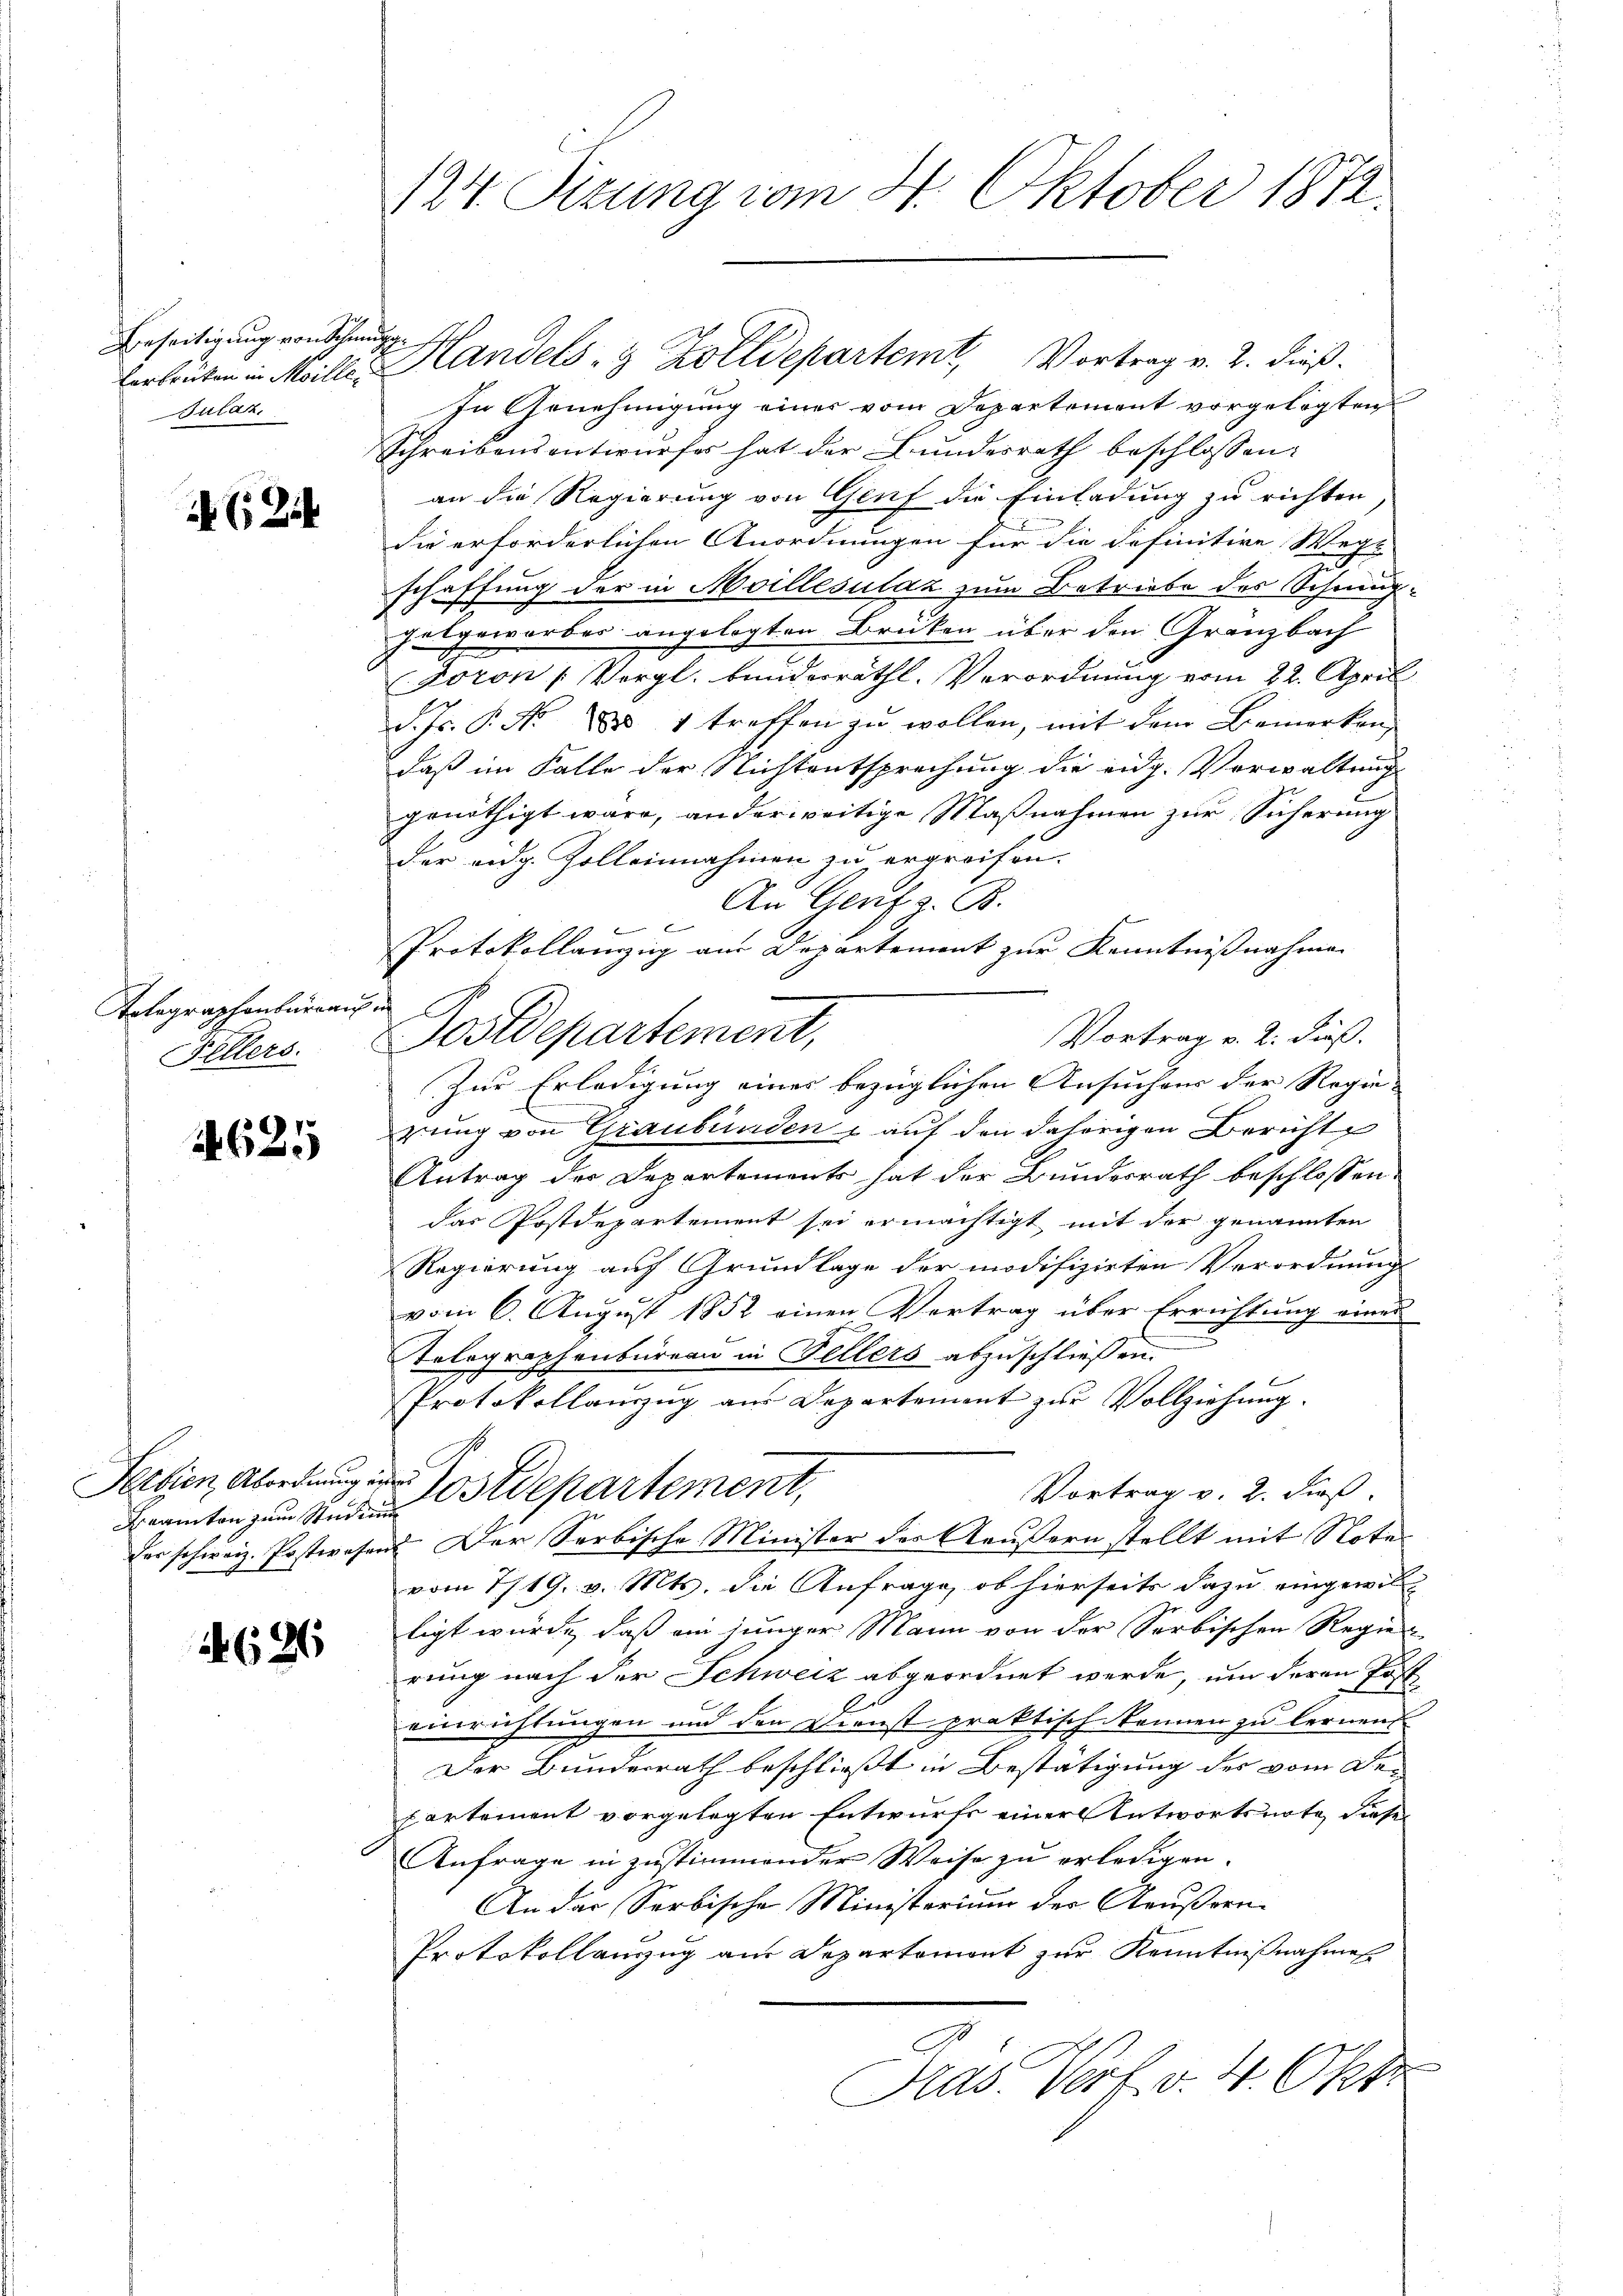
Beseitigung von Schmugg
Jular.

6 Zif

Totegraphenbüreau in
Fellers.

9
162.

Beamten zum Studium

1696

124 Sizung vom 4. Oktober 1872.

In Genehmigung eines vom Departement vorgelegten
Schreibensentwurfes hat der Bundesrath beschlossen:
an die Regierung von Genf die Einladung zu richten,
die erforderlichen Anordnungen für die definitive Wegt
schaffung der in Moillesulaz zum Betriebe des Schmug¬
Jetgewarbes angelegten Brüken über den Granzbach
Foron (Vergl. beiderräthl. Verordnung vom 22. April
d. Js. P. No 888 1 treffen zu wollen, mit dem Bemerken
daß im Falle der Nichtentsprechung die eidg. Vorwaltung
genöthigt wäre, an der weitige Maßnahmen zur Sicherung
der eidg. Zolleinnahmen zu ergreifen.
An Genf z. B.
Protokollanzig am Departement zur Kenntnißnahmen
Postdepartement,
Vortrag v. 2. Fuß.
Zur Erledigung eines bezüglichen Ansuchens der Regie-
rung von Graubünden & auf den daherigen Berichte
Antrag der Departements hat der Bundesrath beschlossen:
das Postdepartement sei ermächtigt mit der genannten
Regierung auf Grundlage der modifizirten Verordnung
vom 6. August 1852 einen Vertrag über Errichtung eines
e
Stelegraphenbüreau in Fellers abzuschliessen.
Protokollanzug aus Departement zur Vollziehung.
Fertien, Abordnung in Postdepartement,
Vortrag v. 2. dieß
her schweiz. Postwesens. Der Serbische Minister des Aeußern stellt mit Noter
vom 7/19. v. Mts. die Anfrage, ob hierseits dazu eingewill-
ligt würde, daß ein junger Mann von der Serbischen Regier
rung nach der Schweiz abgeordnet werde, um deren Fast
einrichtungen und den Dienst praktisch kennen zu lernend
Der Bunderrath beschließt in Bestätigung des vom Departement vorgelegten Entwurfs einer Antwortsnote, diese
Anfrage in zustimmender Weise zu erledigen.
An das Serbische Ministerium der Aeußern
Protokollanzug am Departemont zur Kenntnißnahmen
Präs. Verf. v. 4. Okto

berlauben in Meille Handels- & Zolldepartem Vortrag v. 2. dieß.